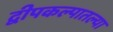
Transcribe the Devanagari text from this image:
द्वीपकल्पातल्या